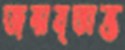
জন্মবৃত্তান্ত